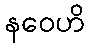
နဝေဟိ